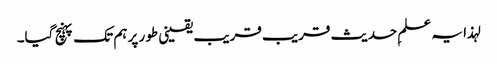
لہذا یہ علمِ حدیث قریب قریب یقینی طور پر ہم تک پہنچ گیا۔